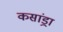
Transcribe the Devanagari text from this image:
कसांड्रा